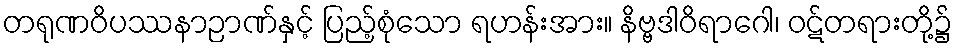
တရုဏဝိပဿနာဉာဏ်နှင့် ပြည့်စုံသော ရဟန်းအား။ နိဗ္ဗဒါဝိရာဂေါ၊ ဝဋ်တရားတို့၌